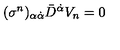
( \sigma ^ { n } ) _ { \alpha \dot { \alpha } } \bar { D } ^ { \dot { \alpha } } V _ { n } = 0